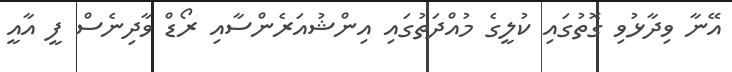
އޭނާ ވިދާޅުވި ގޮތުގައި ކުލީގެ މުއްދަތުގައި އިންޝުއަރެންސާއި ރޯޑް ވާދިނެސް ފީ އާއީ